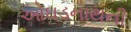
ઓઘડનાથની